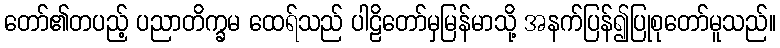
တော်၏တပည့် ပညာတိက္ခမ ထေရ်သည် ပါဠိတော်မှမြန်မာသို့ အနက်ပြန်၍ပြုစုတော်မူသည်။